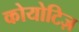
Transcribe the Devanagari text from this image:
कोयोटिज़